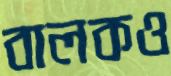
বালকও